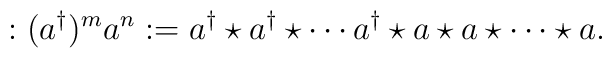
:(a^\dagger)^m a^n:=a^\dagger \star a^\dagger \star \cdots a^\dagger \star a \star a \star \cdots \star a.